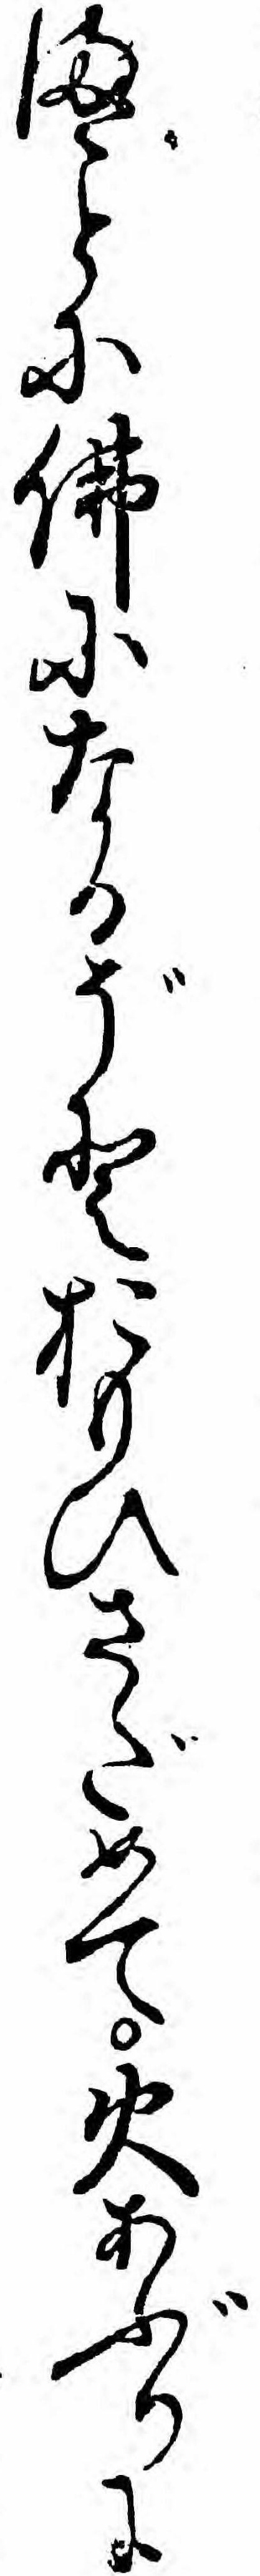
まに仏になるぞとおもひさだめて火あぶりに